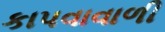
કાપવાવાળી